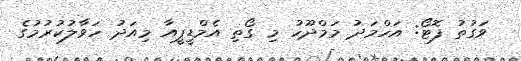
ވަގުތު ފޮޓޯ: އަހްމަދު މަމްދޫހު މި ގޯތި އެމްޑީޕީއާ މިއަދު ހަވާލުކުރުމުގެ